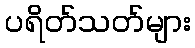
ပရိတ်သတ်များ